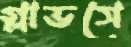
গ্লাভসে